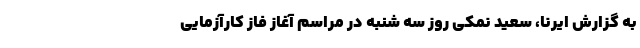
به گزارش ایرنا، سعید نمکی روز سه شنبه در مراسم آغاز فاز کارآزمایی